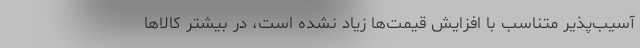
آسیب‌پذیر متناسب با افزایش قیمت‌ها زیاد نشده است، در بیشتر کالاها